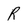
Character: R